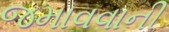
જમાવવાની